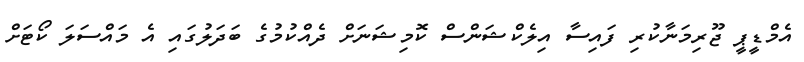
އެމްޑީޕީ ޖޫރިމަނާކުރި ފައިސާ އިލެކްޝަންސް ކޮމިޝަނަށް ދެއްކުމުގެ ބަދަލުގައި އެ މައްސަަލަ ކޯޓަށް